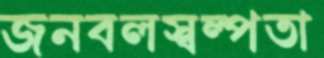
জনবলস্বল্পতা